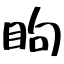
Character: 眗